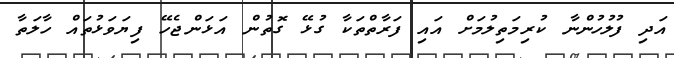
އަދި ފުލުހުންނާ ކުރިމަތިލުމަށް އައި ފަރާތްތަކާ ގުޅޭ ގޮތުން އަޅަންޖެހޭ ފިޔަވަޅުތައް ހާލަތާ